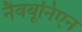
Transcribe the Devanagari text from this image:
नैवबूनिएन